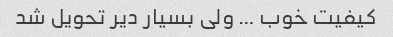
کیفیت خوب … ولی بسیار دیر تحویل شد